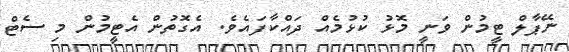
ނޭޕާލް ޓީމުން ވަނީ މޮޅު ކުޅުމެއް ދައްކާފައެވެ. އެގޮތުން އެޓީމުން މި ސެޓް